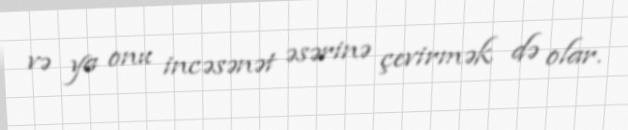
və ya onu incəsənət əsərinə çevirmək də olar.